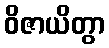
ဝိဇာယိတွာ